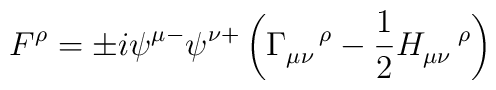
F^{\rho }=\pm i\psi ^{\mu -}\psi ^{\nu +}\left( \Gamma _{\mu \nu }^{\quad\rho }-\frac{1}{2}H_{\mu \nu }^{\quad \rho }\right)